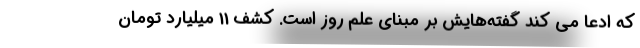
که ادعا می کند گفته‌هایش بر مبنای علم روز است. کشف 11 میلیارد تومان